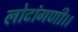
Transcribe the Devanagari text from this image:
लोटांगणी।।